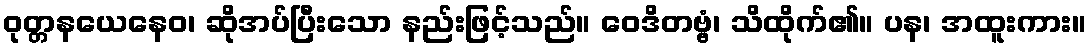
ဝုတ္တနယေနေဝ၊ ဆိုအပ်ပြီးသော နည်းဖြင့်သည်။ ဝေဒိတဗ္ဗံ၊ သိထိုက်၏။ ပန၊ အထူးကား။